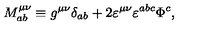
M _ { a b } ^ { \mu \nu } \equiv g ^ { \mu \nu } \delta _ { a b } + 2 \varepsilon ^ { \mu \nu } \varepsilon ^ { a b c } \Phi ^ { c } ,